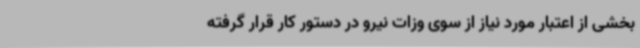
بخشی از اعتبار مورد نیاز از سوی وزات نیرو در دستور کار قرار گرفته